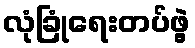
လုံခြုံရေးတပ်ဖွဲ့